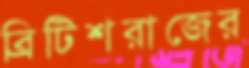
ব্রিটিশরাজের